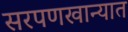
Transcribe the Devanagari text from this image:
सरपणखान्यात